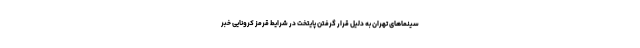
سینماهای تهران به دلیل قرار گرفتن پایتخت در شرایط قرمز کرونایی خبر